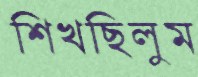
শিখছিলুম